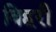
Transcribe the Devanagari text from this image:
विहरी